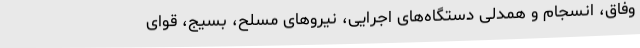
وفاق، انسجام و همدلی دستگاه‌های اجرایی، نیروهای مسلح، بسیج، قوای